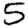
Digit: 5